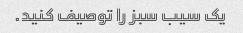
یک سیب سبز را توصیف کنید.